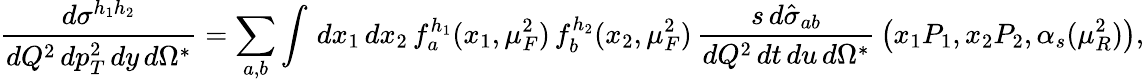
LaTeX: \frac{d\sigma^{h_{1}h_{2}}}{dQ^{2}\, dp_{T}^{2}\, dy\, d\Omega^{\ast}}=\sum_{a,b}\int\, dx_{1}\, dx_{2}\, f_{a}^{h_{1}}(x_{1},\mu_{F}^{2})\, f_{b}^{h_{2}}(x_{2},\mu_{F}^{2})\, \frac{{s}\, d{\hat{\sigma}}_{ab}}{dQ^{2}\, d{t}\, d{u}\, d\Omega^{\ast}}\, \left(x_{1}P_{1},x_{2}P_{2},\alpha_{s}(\mu_{R}^{2})\right),